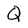
Character: Q